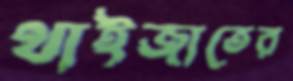
থাইজাতের